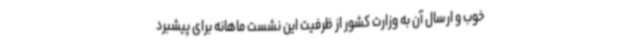
خوب و ارسال آن به وزارت کشور از ظرفیت این نشست ماهانه برای پیشبرد